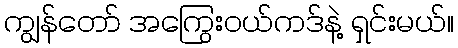
ကျွန်တော် အကြွေးဝယ်ကဒ်နဲ့ ရှင်းမယ်။